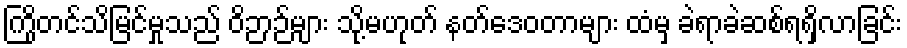
ကြိုတင်သိမြင်မှုသည် ဝိဉာဉ်များ သို့မဟုတ် နတ်ဒေဝတာများ ထံမှ ခဲရာခဲဆစ်ရရှိလာခြင်း